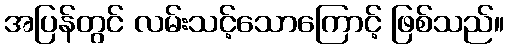
အပြန်တွင် လမ်းသင့်သောကြောင့် ဖြစ်သည်။